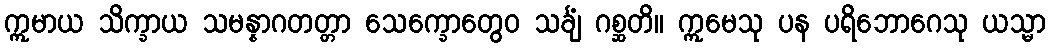
ဣမာယ သိက္ခာယ သမန္နာဂတတ္တာ သေက္ခောတွေဝ သင်္ချံ ဂစ္ဆတိ။ ဣမေသု ပန ပရိဘောဂေသု ယသ္မာ